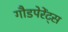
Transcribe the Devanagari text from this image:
गौडपेरेंट्स